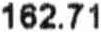
162.71